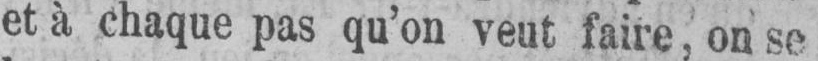
et à chaque pas qu’on veut faire, on se